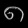
Digit: ၈